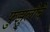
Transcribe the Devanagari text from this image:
फुझुलीचे